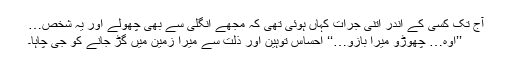
آج تک کسی کے اندر اتنی جرأت کہاں ہوئی تھی کہ مجھے انگلی سے بھی چھولے اور یہ شخص…
’’اوہ… چھوڑو میرا بازو…‘‘ احساس توہین اور ذلت سے میرا زمین میں گڑ جانے کو جی چاہا۔